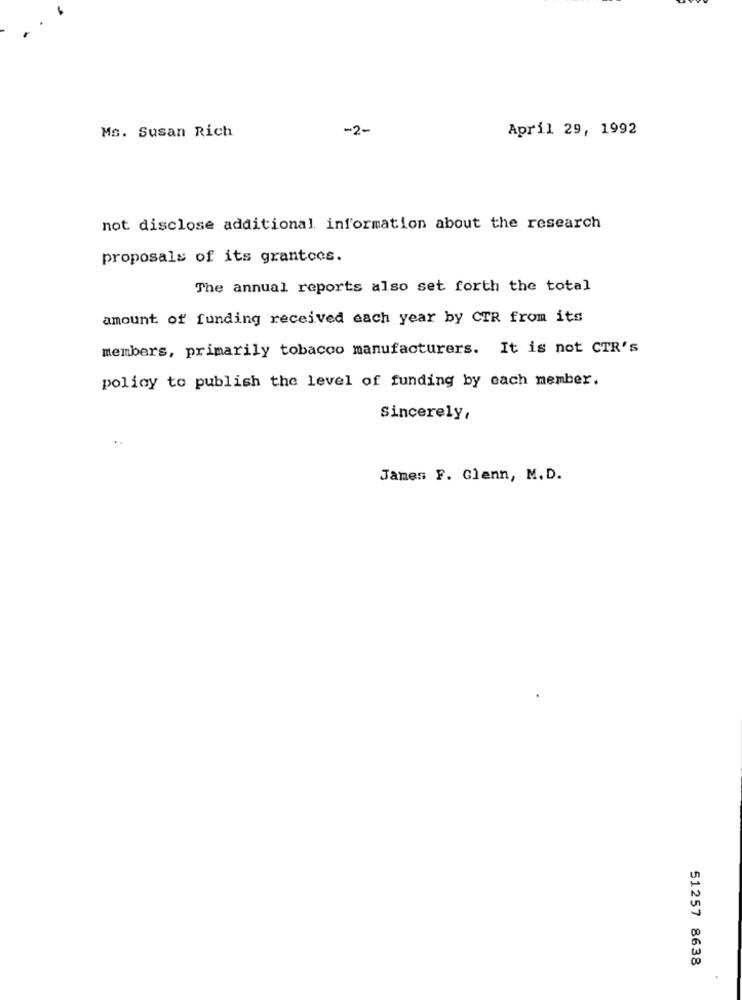
Ms. Susan Rich
-2-
April 29, 1992
not disclose additional information about the research
proposals of its grantocs.
The annual reports also set forth the total
amount of funding received each year by CTR from its
members, primarily tobacco manufacturers. It is not CTR's
policy to publish the level of funding by each member.
Sincerely,
James F. Glenn, M. D.
51257 8638